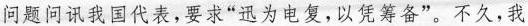
问题问讯我国代表，要求”迅为电复，以凭筹备”。不久，我